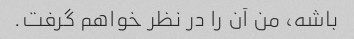
باشه، من آن را در نظر خواهم گرفت.